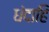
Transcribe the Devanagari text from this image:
धंदाहि